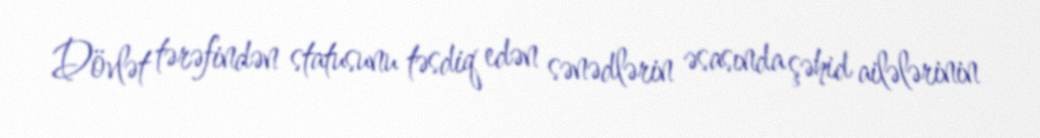
Dövlət tərəfindən statusunu təsdiq edən sənədlərin əsasında şəhid ailələrinin